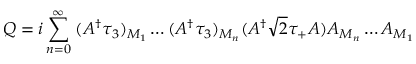
Q = i \sum _ { n = 0 } ^ { \infty } \; ( A ^ { \dagger } \tau _ { 3 } ) _ { M _ { 1 } } \ldots ( A ^ { \dagger } \tau _ { 3 } ) _ { M _ { n } } ( A ^ { \dagger } { \sqrt 2 } \tau _ { + } A ) A _ { M _ { n } } \ldots A _ { M _ { 1 } }